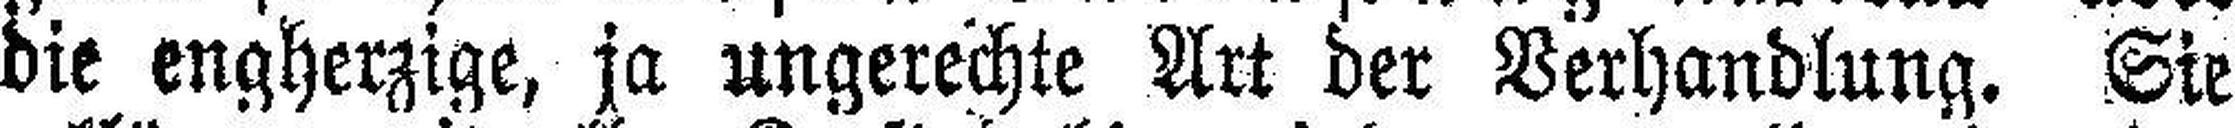
die engherzige, ja ungerechte Art der Verhandlung. Sie